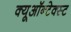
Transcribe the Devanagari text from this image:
क्यूऑन्टेक्स्ट